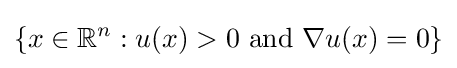
\{x\in \mathbb {R} ^{n}:u(x)>0{\text{ and }}\nabla u(x)=0\}